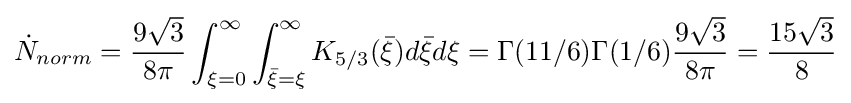
{\dot {N}}_{norm}={\frac {9{\sqrt {3}}}{8\pi }}\int _{\xi =0}^{\infty }\int _{{\bar {\xi }}=\xi }^{\infty }K_{5/3}({\bar {\xi }})d{\bar {\xi }}d\xi =\Gamma (11/6)\Gamma (1/6){\frac {9{\sqrt {3}}}{8\pi }}={\frac {15{\sqrt {3}}}{8}}